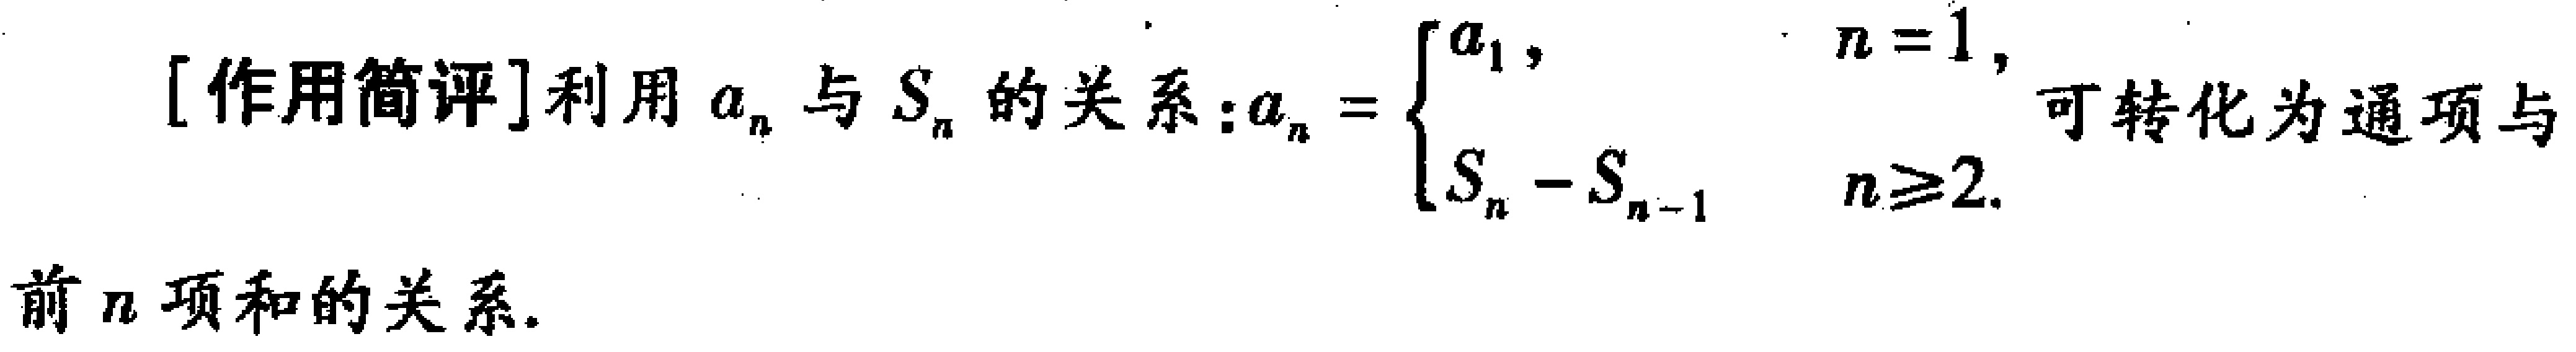
[作用简评]利用 \(a_{n}\) 与 \(S_{n}\) 的关系：\(a_{n}=\begin{cases}a_{1},&n = 1,\\S_{n}-S_{n - 1},&n\geq2.\end{cases}\) 可转化为通项与
前 \(n\) 项和的关系.